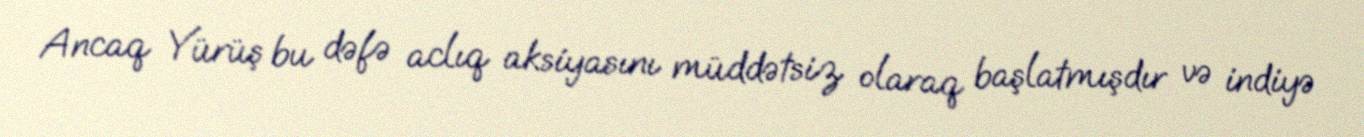
Ancaq Yürüş bu dəfə aclıq aksiyasını müddətsiz olaraq başlatmışdır və indiyə